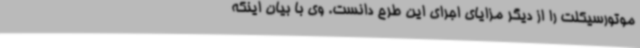
موتورسیکلت را از دیگر مزایای اجرای این طرح دانست. وی با بیان اینکه